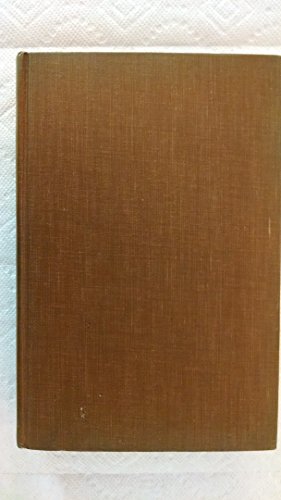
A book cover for The Syrian desert: Caravans, travel and exploration; Christina Phelps Grant; Travel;